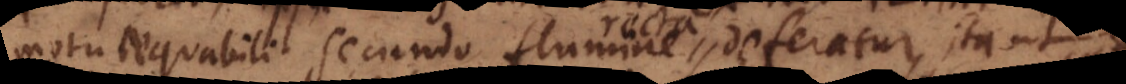
motu aequabili secundo flumine deferatur, ita